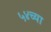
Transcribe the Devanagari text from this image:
५४च्या